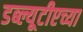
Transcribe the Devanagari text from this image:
डब्ल्यूटीएच्या